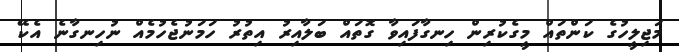
މަޖިލީހުގެ ކަންތައް މީގެކުރިން ހިނގާފައިވާ ގޮތައް ބަލާއިރު އިތުރު ހަމަނުޖެހުމެއް ނުހިނގާނެ އެކޭ